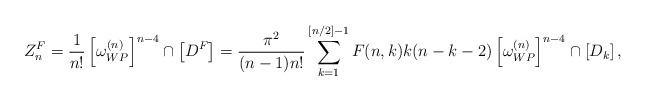
LaTeX: \begin{align*}Z^F_n={1\over n!}\left[\omega_{WP}^{(n)}\right]^{n-4}\cap\left[D^F\right]={\pi^2\over (n-1)n!}\sum_{k=1}^{[n/2]-1}F(n,k)k(n-k-2)\left[\omega_{WP}^{(n)}\right]^{n-4}\cap\left[D_k\right],\end{align*}